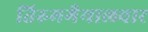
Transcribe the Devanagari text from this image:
तिरुमगैयालवार